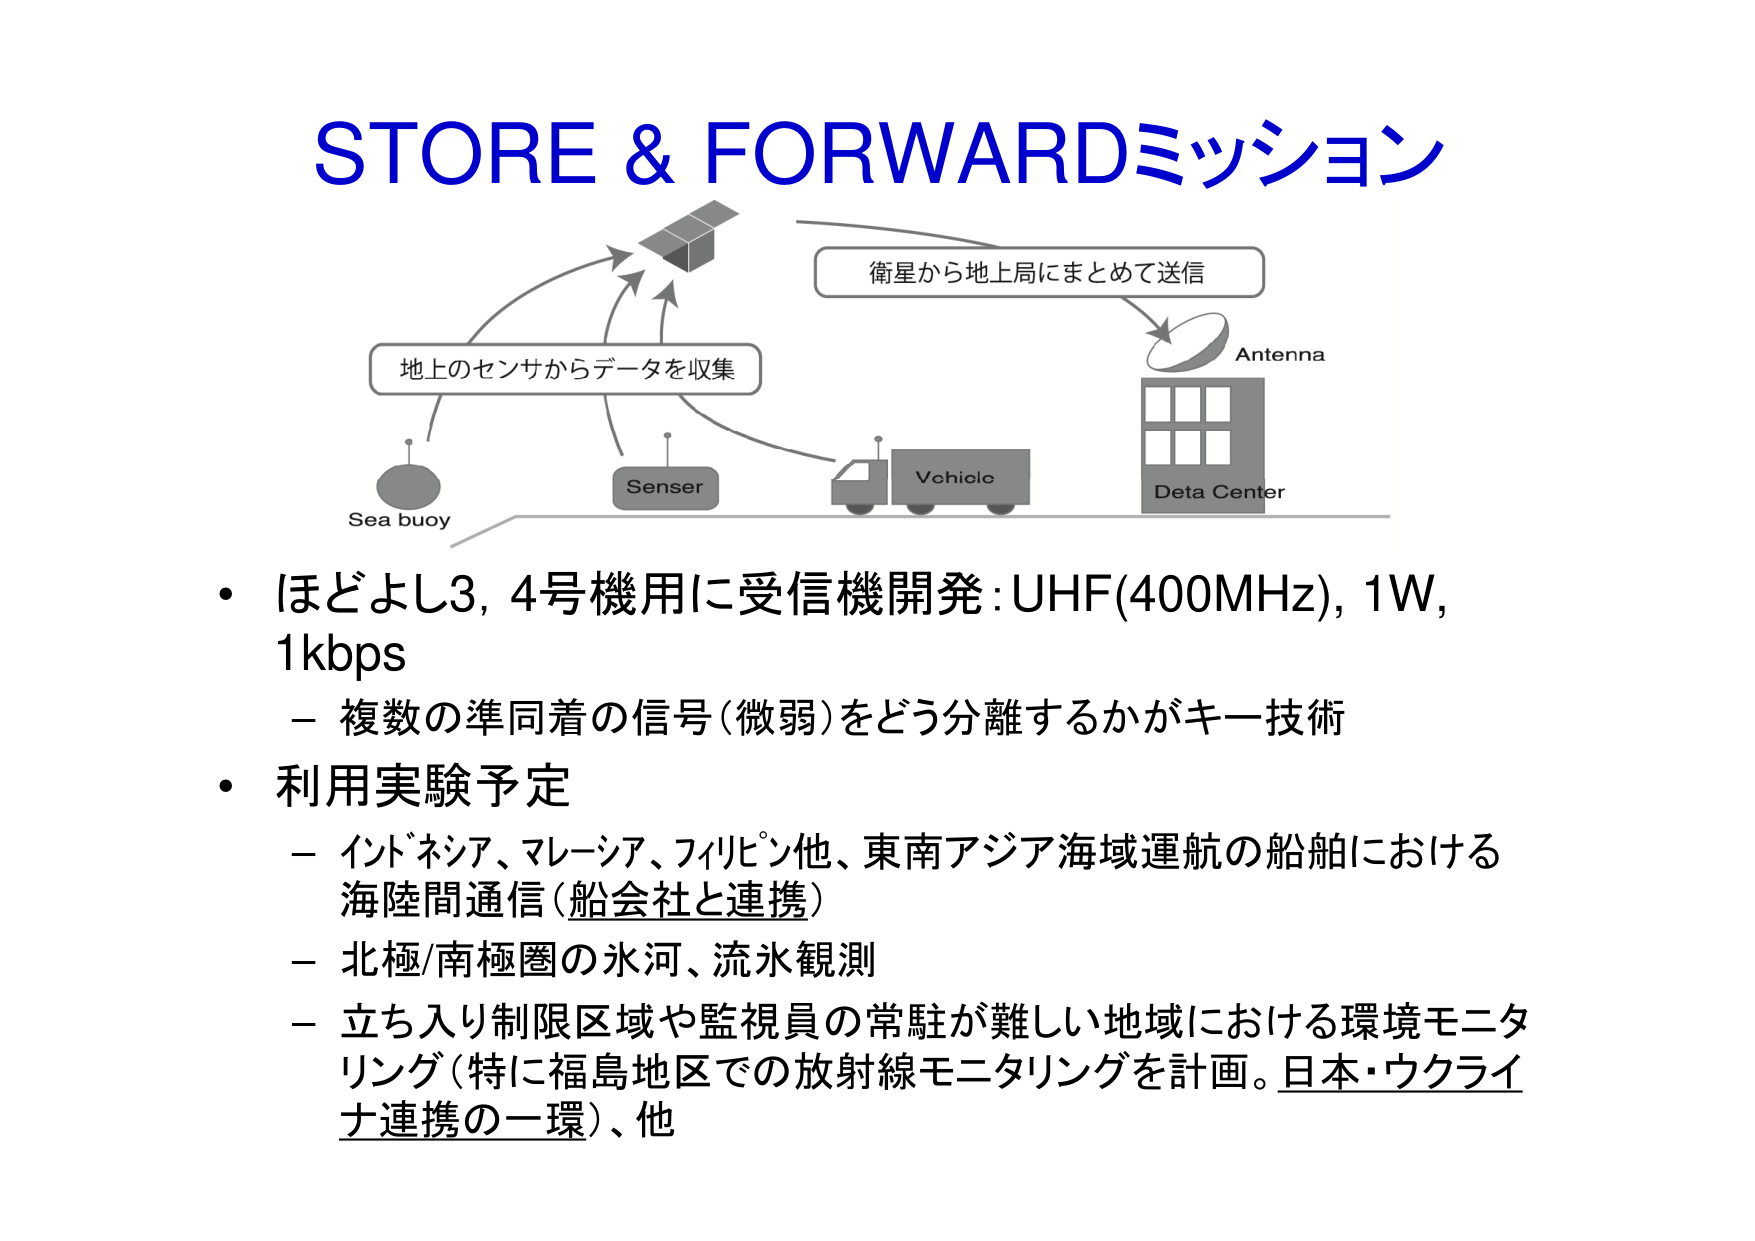
STORE & FORWARDミッション

地上のセンサからデータを収集
Sea buoy
Senser
Vehicle
衛星から地上局にまとめて送信
Antenna
Deta Center

・ほどよし3,4号機用に受信機開発：UHF(400MHz), 1W, 1kbps
　－複数の準同着の信号（微弱）をどう分離するかがキー技術

・利用実験予定
　－インドネシア、マレーシア、フィリピン他、東南アジア海域運航の船舶における
　　海陸間通信（船会社と連携）
　－北極/南極圏の氷河、流水観測
　－立ち入り制限区域や監視員の常駐が難しい地域における環境モニタリング（特に福島地区での放射線モニタリングを計画。日本・ウクライナ連携の一環）、他